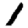
Digit: 1